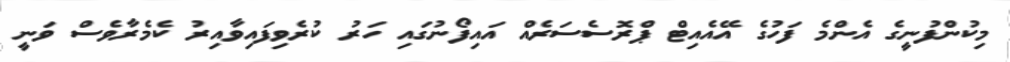
މިކުންފުނީގެ އެންމެ ފަހުގެ އޭއެއިޓް ޕްރޮސެސަރެއް އައިފޯނުގައި ހަރު ކުރެވިފައިވާއިރު ކެމެރާވެސް ވަނީ